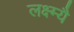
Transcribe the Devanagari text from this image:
लक्ष्म्यै